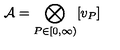
{ \mathcal { A } } = \bigotimes _ { P \in \lbrack 0 , \infty ) } [ v _ { P } ]